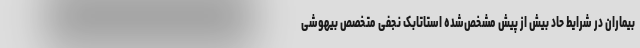
بیماران در شرایط حاد بیش از پیش مشخص‌شده استاتابک نجفی متخصص بیهوشی